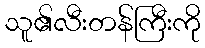
သူ၏လီးတန်ကြီးကို